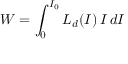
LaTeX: W = \int _ { 0 } ^ { I _ { 0 } } L _ { d } ( I ) \, I \, d I